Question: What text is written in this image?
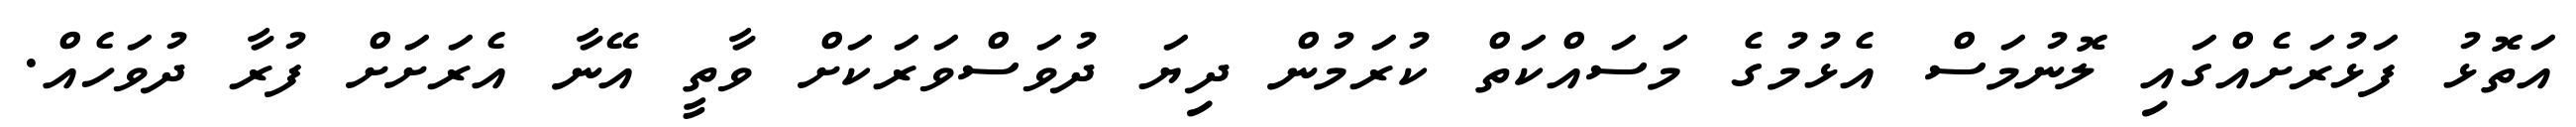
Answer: އަތޮޅު ފަޅުރަށެއްގައި ލޮނުމަސް އެޅުމުގެ މަސައްކަތް ކުރަމުން ދިޔަ ދުވަސްވަރަކަށް ވާތީ އޭނާ އެރަށަށް ފުރާ ދުވަހެއް.